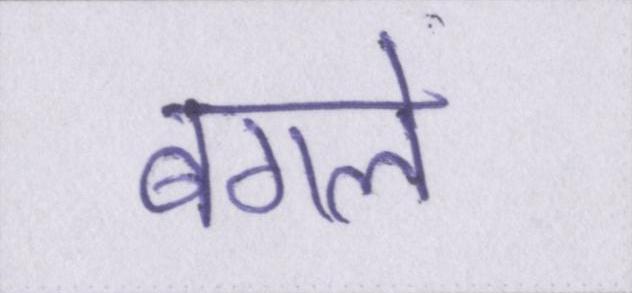
बगले